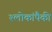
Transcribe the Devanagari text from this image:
श्लोकांपैकी